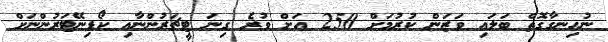
ނުހިނގާގޮތް ބަލައި ވަޒަން ކުރުމަށް 250 އަށް ވުރެ ގިނަ ޓީޗަރުންނާއި ކޯޑިނޭޓަރުންނަށް